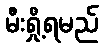
မီးရှို့ရမည်